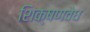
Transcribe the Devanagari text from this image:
शिक्षणवेध